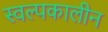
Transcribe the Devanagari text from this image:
स्वल्पकालीन